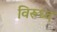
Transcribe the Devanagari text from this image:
विरूध्‍द